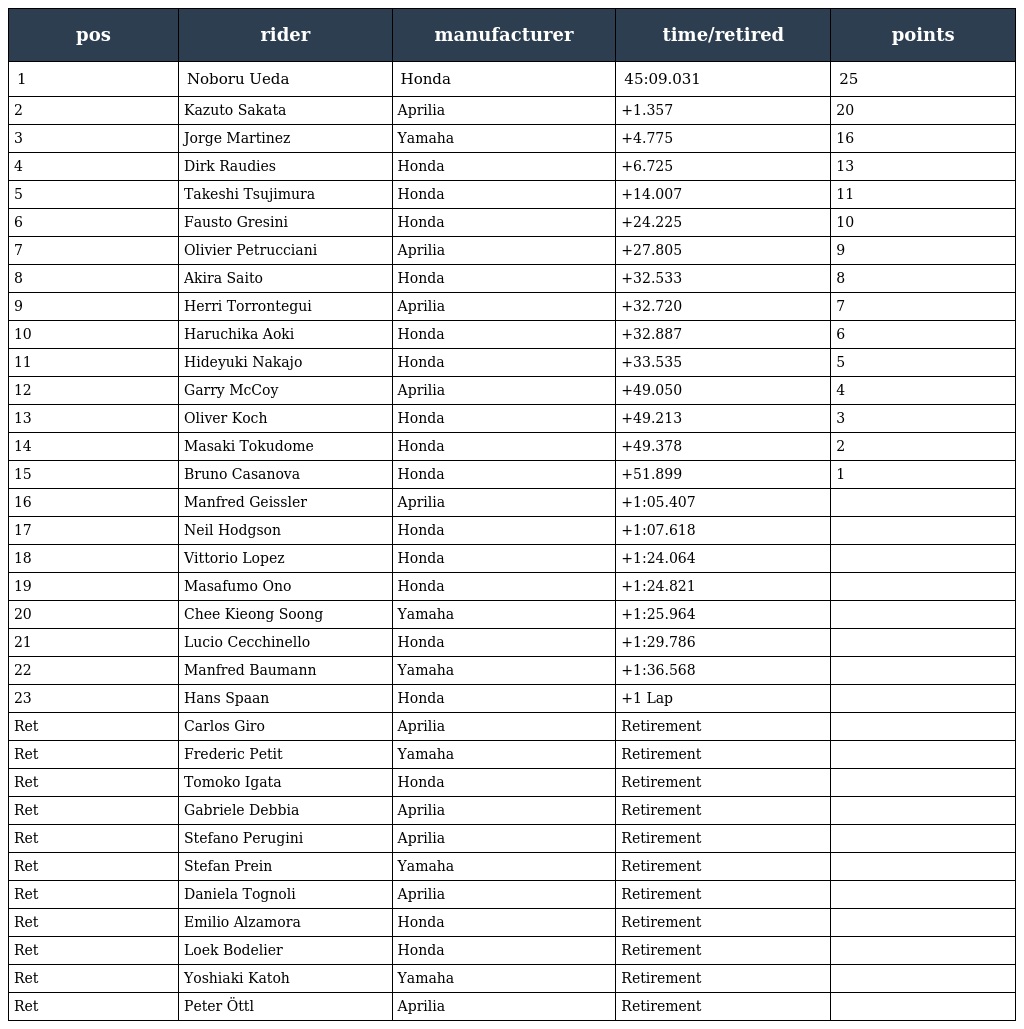
| pos | rider | manufacturer | time/retired | points |
 | --- | --- | --- | --- | --- |
 | 1 | Noboru Ueda | Honda | 45:09.031 | 25 |
 | 2 | Kazuto Sakata | Aprilia | +1.357 | 20 |
 | 3 | Jorge Martinez | Yamaha | +4.775 | 16 |
 | 4 | Dirk Raudies | Honda | +6.725 | 13 |
 | 5 | Takeshi Tsujimura | Honda | +14.007 | 11 |
 | 6 | Fausto Gresini | Honda | +24.225 | 10 |
 | 7 | Olivier Petrucciani | Aprilia | +27.805 | 9 |
 | 8 | Akira Saito | Honda | +32.533 | 8 |
 | 9 | Herri Torrontegui | Aprilia | +32.720 | 7 |
 | 10 | Haruchika Aoki | Honda | +32.887 | 6 |
 | 11 | Hideyuki Nakajo | Honda | +33.535 | 5 |
 | 12 | Garry McCoy | Aprilia | +49.050 | 4 |
 | 13 | Oliver Koch | Honda | +49.213 | 3 |
 | 14 | Masaki Tokudome | Honda | +49.378 | 2 |
 | 15 | Bruno Casanova | Honda | +51.899 | 1 |
 | 16 | Manfred Geissler | Aprilia | +1:05.407 |  |
 | 17 | Neil Hodgson | Honda | +1:07.618 |  |
 | 18 | Vittorio Lopez | Honda | +1:24.064 |  |
 | 19 | Masafumo Ono | Honda | +1:24.821 |  |
 | 20 | Chee Kieong Soong | Yamaha | +1:25.964 |  |
 | 21 | Lucio Cecchinello | Honda | +1:29.786 |  |
 | 22 | Manfred Baumann | Yamaha | +1:36.568 |  |
 | 23 | Hans Spaan | Honda | +1 Lap |  |
 | Ret | Carlos Giro | Aprilia | Retirement |  |
 | Ret | Frederic Petit | Yamaha | Retirement |  |
 | Ret | Tomoko Igata | Honda | Retirement |  |
 | Ret | Gabriele Debbia | Aprilia | Retirement |  |
 | Ret | Stefano Perugini | Aprilia | Retirement |  |
 | Ret | Stefan Prein | Yamaha | Retirement |  |
 | Ret | Daniela Tognoli | Aprilia | Retirement |  |
 | Ret | Emilio Alzamora | Honda | Retirement |  |
 | Ret | Loek Bodelier | Honda | Retirement |  |
 | Ret | Yoshiaki Katoh | Yamaha | Retirement |  |
 | Ret | Peter Öttl | Aprilia | Retirement |  |